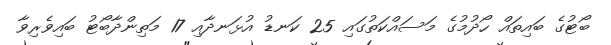
ބޯޓުގެ ބައިތައް ހޯދުމުގެ މަސައްކަތުގައި 25 ކަނޑު އުޅަނދާއި 17 މަތިންދާބޯޓު ބައިވެރިވާ